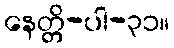
နေတ္တိ-ပါ-၃၁။